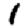
Digit: 1